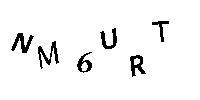
NM6URT